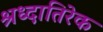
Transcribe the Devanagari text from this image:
श्रध्दातिरेक